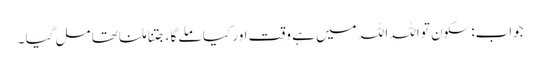
جواب:سکون تو اللہ اللہ میں ہے وقت اور کیا ملے گا ،جتنا ملنا تھا مل گیا ۔